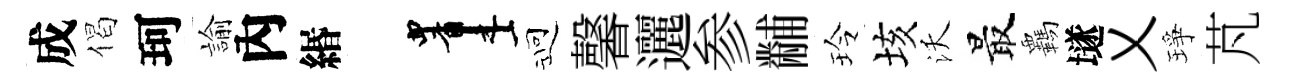
成偈珂諭內緡画迎馨邐参黼玲垓沃最覊𡑞乂琤芃